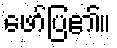
ဖော်ပြ၏။